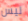
ليس